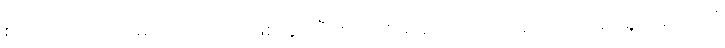
စာပေဆုပေးတာ မရှိသလောက် ဖြစ်သွားပြီး စာပေဗိမာန် ကလည်း အစိုးရအုပ်ချုပ်မှုအောက်ကို